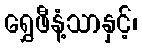
ရွှေဖီနံ့သာနှင့်၊